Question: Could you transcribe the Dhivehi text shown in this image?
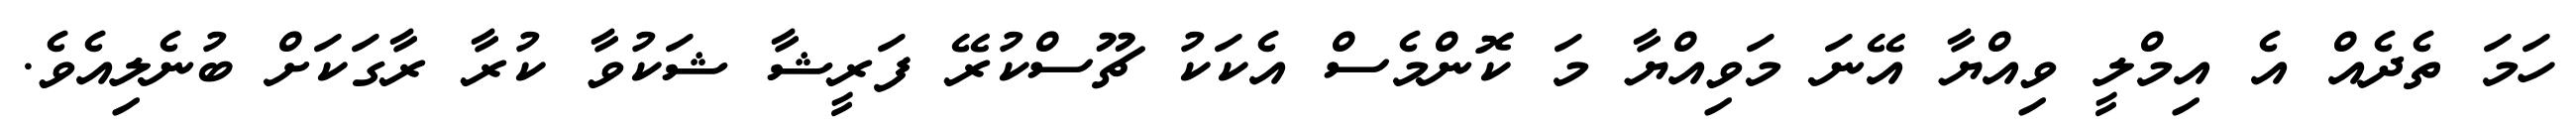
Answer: ހަމަ ތެދެއް އެ އިމްލީ ވިއްޔާ އޭނަ މަވިއްޔާ މަ ކޮންމެސް އެކަކު ޗޫސްކުރޭ ފަރީޝާ ޝަކުވާ ކުރާ ރާގަކަށް ބުނެލިއެވެ.